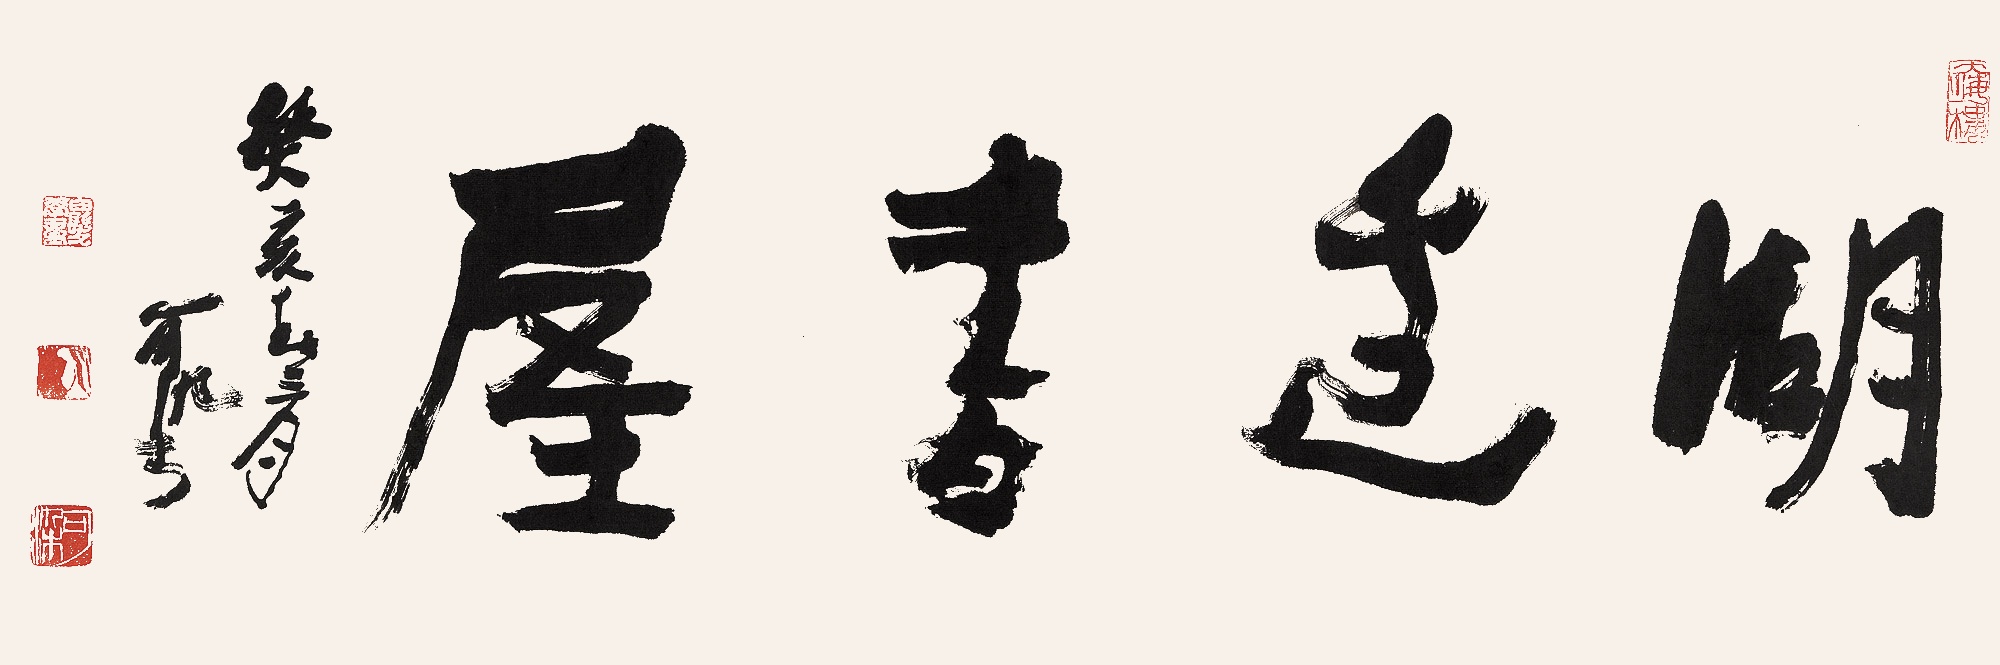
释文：湖边书屋。癸亥春三月，可染。